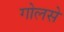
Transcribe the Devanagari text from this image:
गोलसे